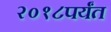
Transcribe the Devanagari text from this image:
२०१८पर्यंत